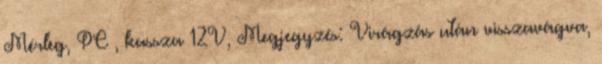
Mérleg, PC , kassza 12V, Megjegyzés: Virágzás után visszavágva,